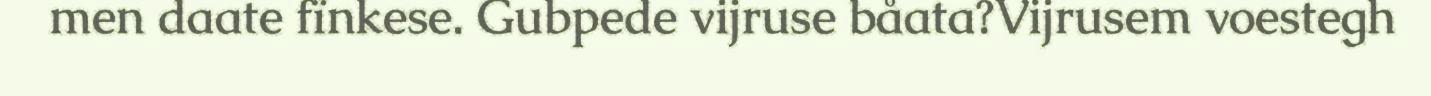
men daate fïnkese. Gubpede vijruse båata?Vijrusem voestegh